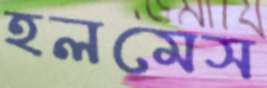
হলমেস